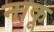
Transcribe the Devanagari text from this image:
नाकू